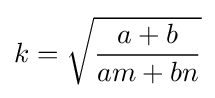
k={\sqrt {\frac {a+b}{am+bn}}}